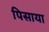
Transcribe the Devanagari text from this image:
पिसाया